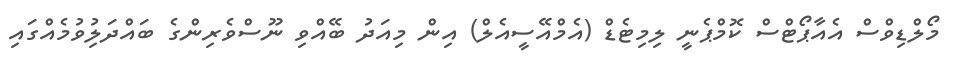
މޯލްޑިވްސް އެއާޕޯޓްސް ކޮމްޕެނީ ލިމިޓެޑް (އެމްއޭސީއެލް) އިން މިއަދު ބޭއްވި ނޫސްވެރިންގެ ބައްދަލުިވުމެއްގައި